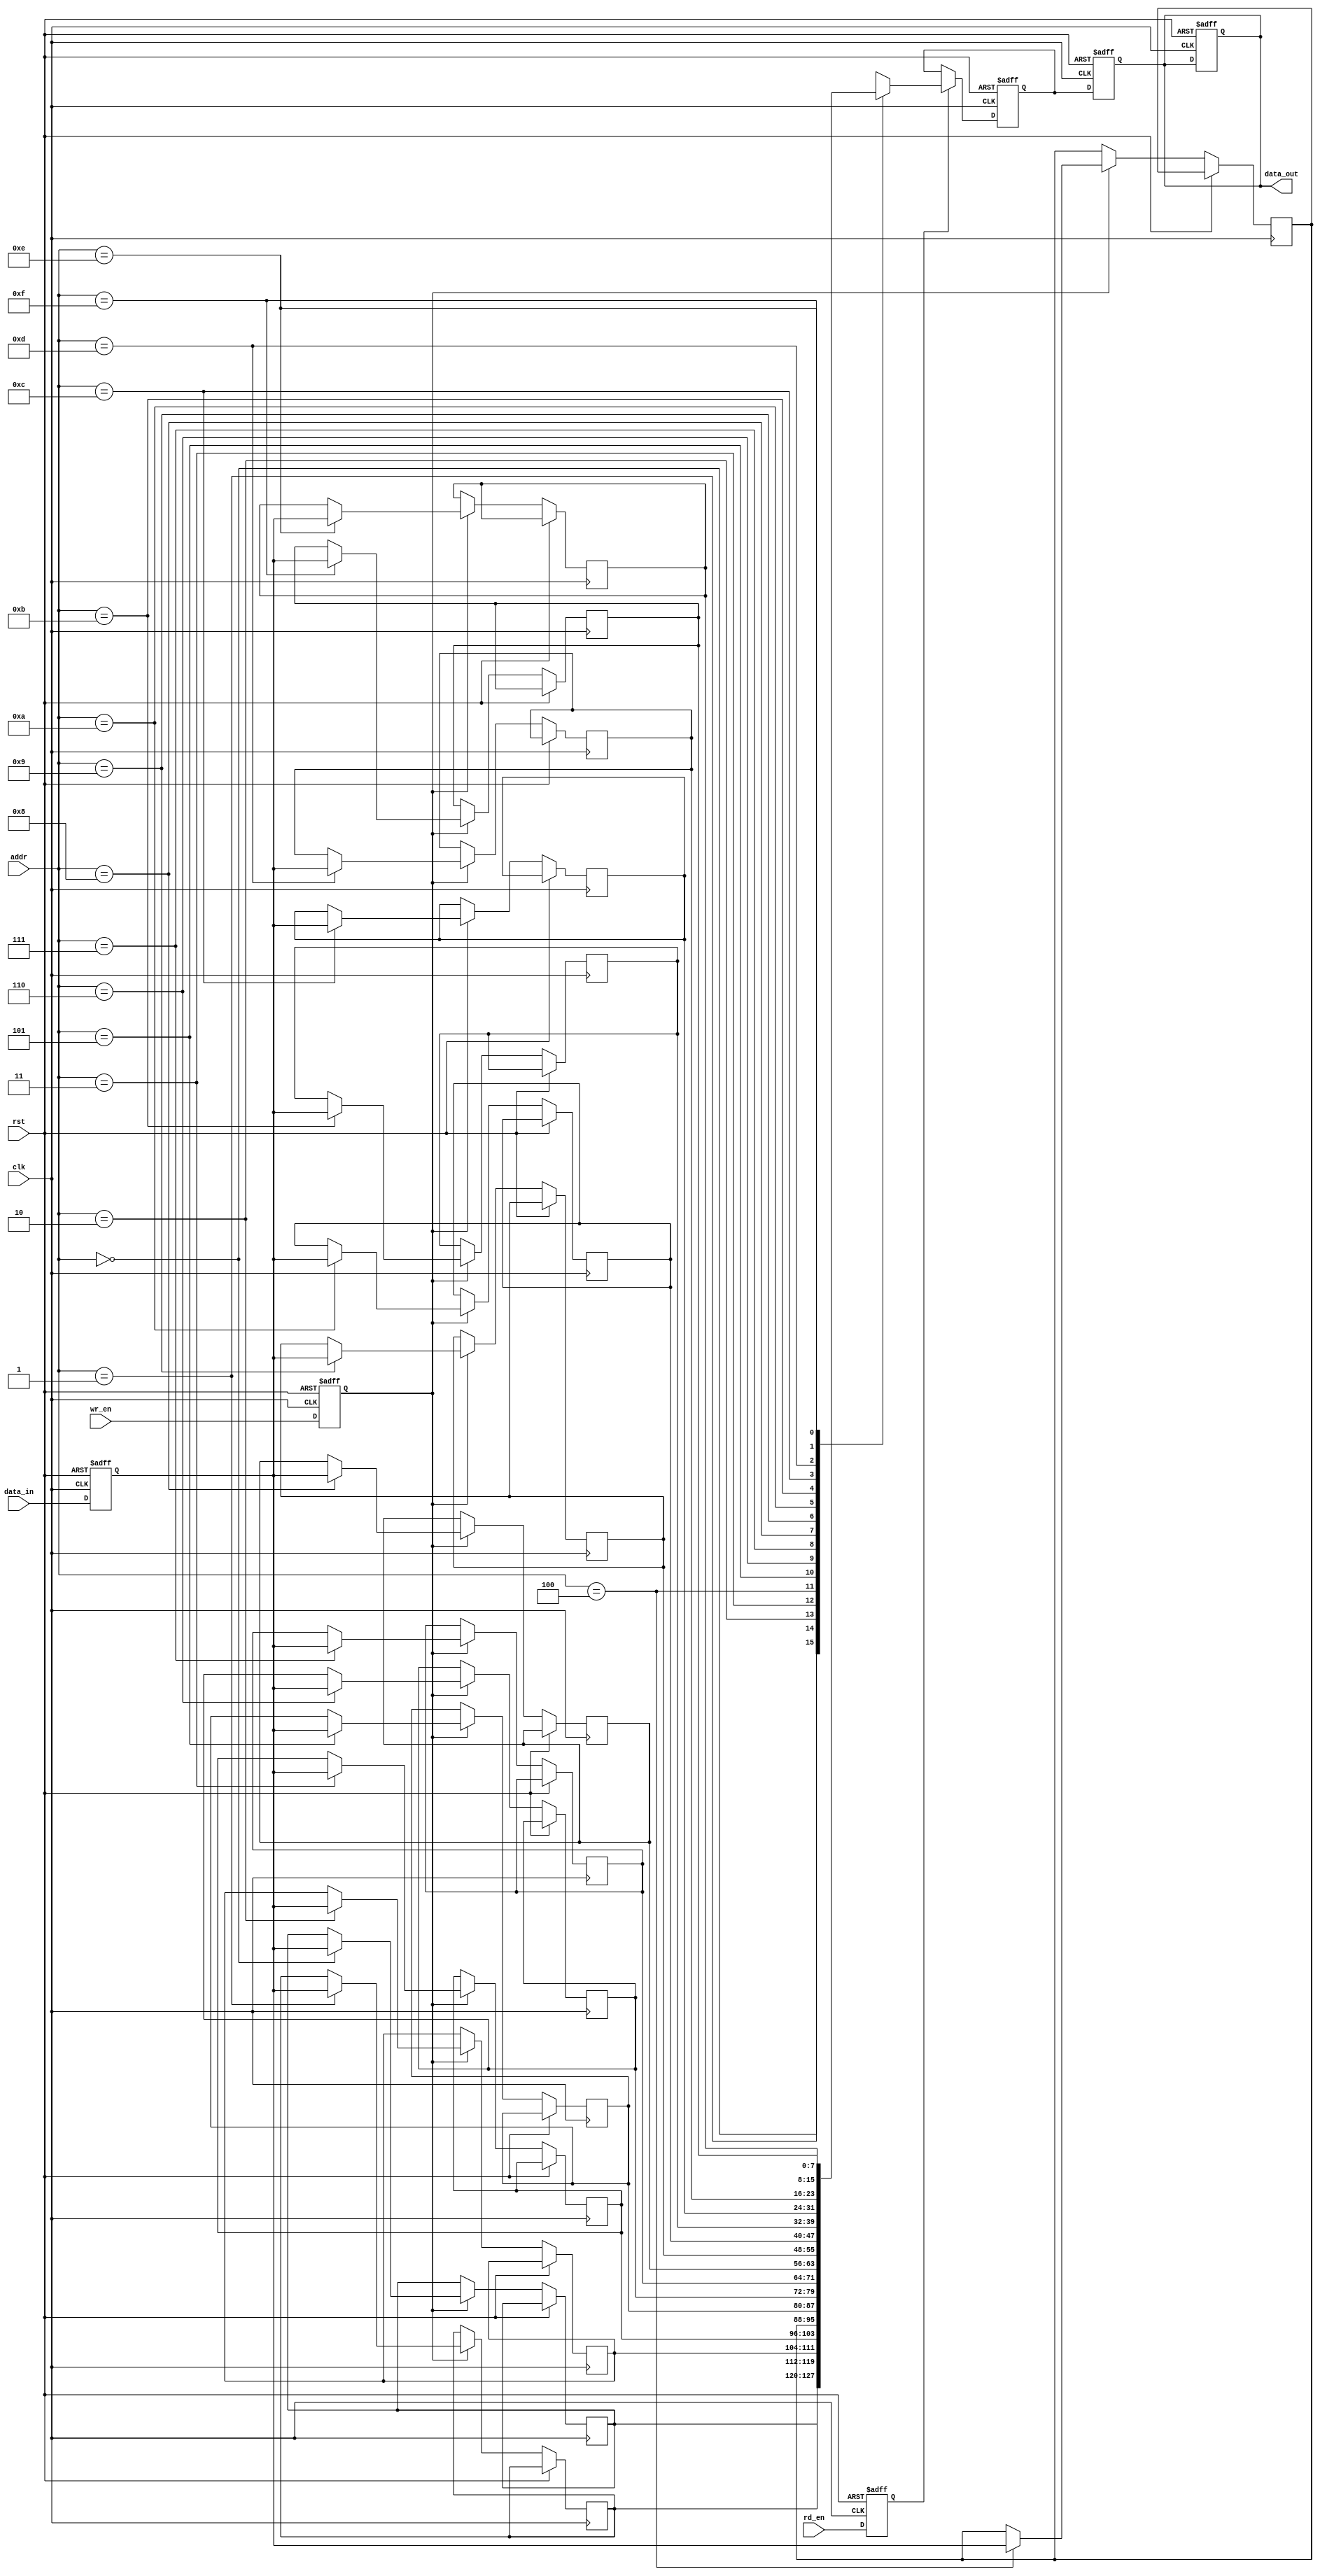
module memory_block (
    input wire clk,               // Clock for memory block
    input wire rst,               // Reset signal
    input wire wr_en,             // Write enable
    input wire rd_en,             // Read enable
    input wire [7:0] data_in,     // Data input
    input wire [3:0] addr,        // Address input
    output reg [7:0] data_out     // Data output
);

    // Memory block (RAM)
    reg [7:0] mem [0:15];         // 16x8 memory

    // Safe Delay Line
    reg [7:0] data_in_delayed;    // Delayed data input
    reg wr_en_delayed;             // Delayed write enable
    reg rd_en_delayed;             // Delayed read enable

    // Synchronization Logic
    reg [7:0] sync_data_out;       // Synchronized data output

    // Delay line implementation (3-stage)
    always @(posedge clk or posedge rst) begin
        if (rst) begin
            data_in_delayed <= 8'b0;
            wr_en_delayed <= 1'b0;
            rd_en_delayed <= 1'b0;
        end else begin
            data_in_delayed <= data_in;        // Delay data input
            wr_en_delayed <= wr_en;            // Delay write enable
            rd_en_delayed <= rd_en;            // Delay read enable
        end
    end

    // Memory write operation
    always @(posedge clk or posedge rst) begin
        if (rst) begin
            // Reset memory or handle as needed
        end else if (wr_en_delayed) begin
            mem[addr] <= data_in_delayed;     // Write data to memory
        end
    end

    // Memory read operation
    always @(posedge clk or posedge rst) begin
        if (rst) begin
            data_out <= 8'b0;                 // Reset output
            sync_data_out <= 8'b0;            // Reset sync output
        end else if (rd_en_delayed) begin
            sync_data_out <= mem[addr];       // Read data from memory
        end
    end

    // Output synchronization
    always @(posedge clk or posedge rst) begin
        if (rst) begin
            data_out <= 8'b0;                 // Reset output
        end else begin
            data_out <= sync_data_out;        // Output synchronized data
        end
    end

endmodule